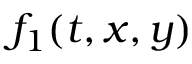
f _ { 1 } ( t , x , y )